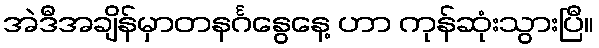
အဲဒီအချိန်မှာတနင်္ဂနွေနေ့ ဟာ ကုန်ဆုံးသွားပြီ။